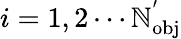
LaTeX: i=1,2\cdots\mathbb{N}_{\mathrm{{{obj}}}}^{'}